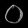
Digit: ၀